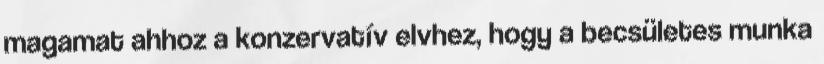
magamat ahhoz a konzervatív elvhez, hogy a becsületes munka